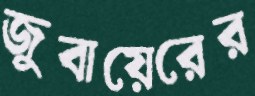
জুবায়েরের